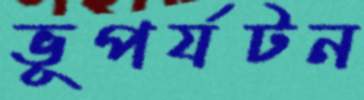
ভূপর্যটন